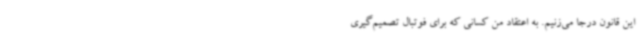
این قانون درجا می‌زنیم. به اعتقاد من کسانی که برای فوتبال تصمیم‌گیری